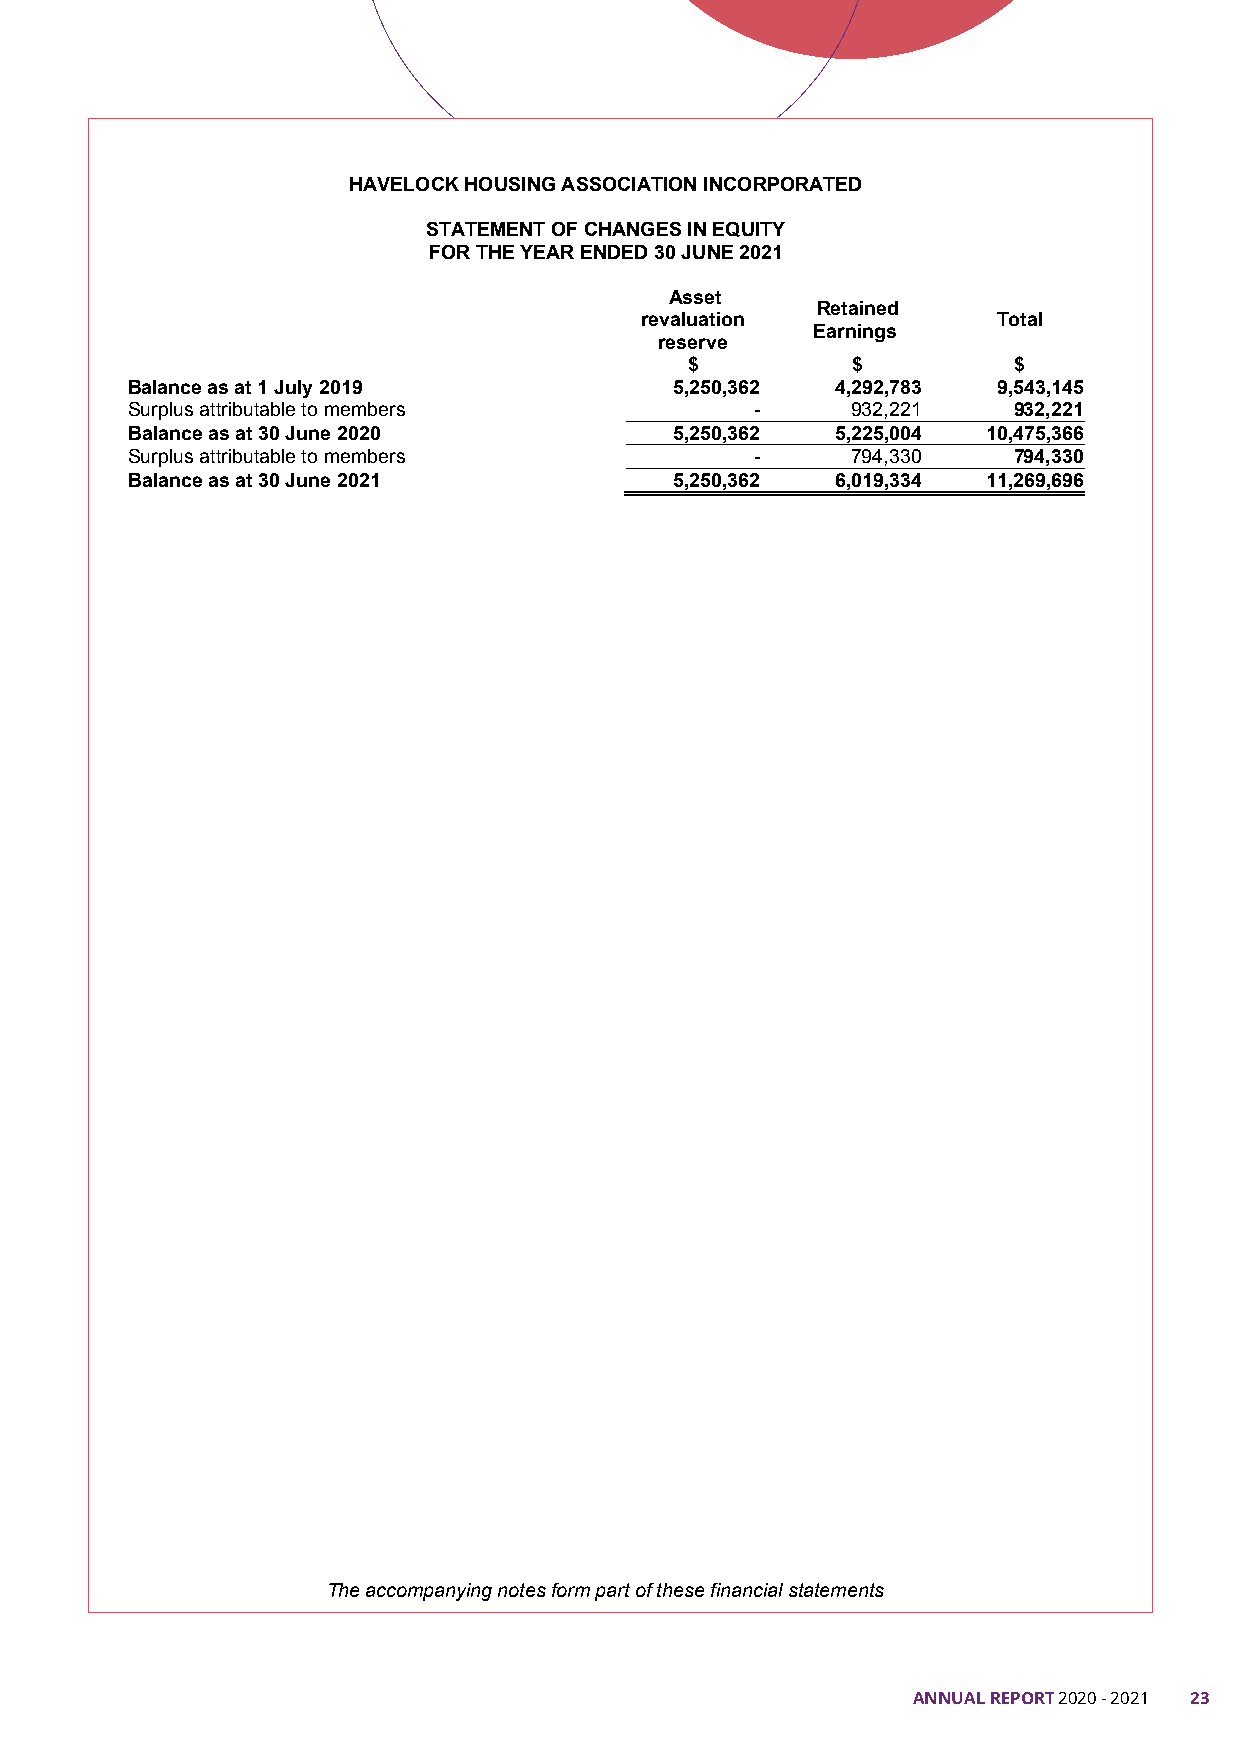
HAVELOCK HOUSING ASSOCIATIONINCORPORATED
 STATEMENT OF CHANGES IN EQUITY
 FOR THE YEAR ENDED30 JUNE 2021
 Asset
 Retained
 revaluation             Total
 Earnings
 reserve
 $         $          $
 Balance as at 1 July 2019            5,250,362 4,292,783  9,543,145
 Surplus attributable to members           -     932,221    932,221
 Balance as at 30 June 2020           5,250,362 5,225,004 10,475,366
 Surplus attributable to members           -     794,330    794,330
 Balance as at 30 June 2021           5,250,362 6,019,334 11,269,696
 The accompanying notes form part of these financial statements
 ANNUAL REPORT 20720 - 2021 23